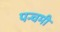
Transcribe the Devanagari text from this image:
पन्चमी